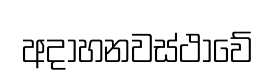
අදාහනවස්ථාවේ